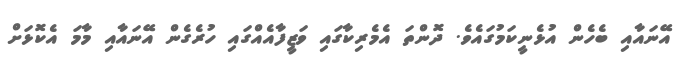
އޭނައާއި ބެހެން އުޅެނީކަމުގައެވެ. ދޮންތަ އެމެރިކާގައި ވަޒީފާއެއްގައި ހުރެގެން އޭނައާއި މާމަ އެކޮޅަށް